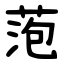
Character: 萢